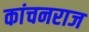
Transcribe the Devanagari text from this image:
कांचनराज